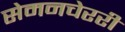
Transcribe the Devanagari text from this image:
सेमनचेररी